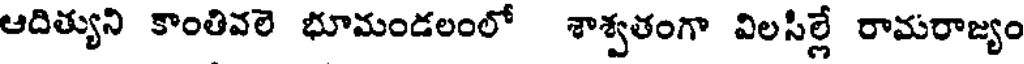
ఆదిత్యుని కాంతివలె భూమండలంలో శాశ్వతంగా విలసిల్లే రామరాజ్యం